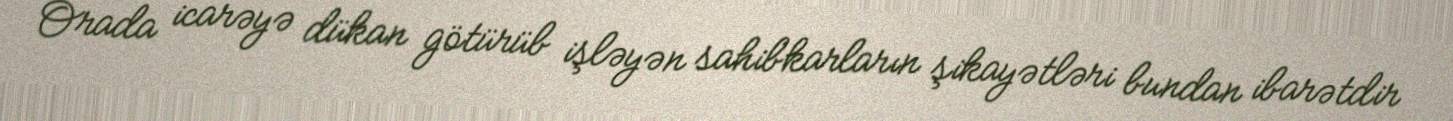
Orada icarəyə dükan götürüb işləyən sahibkarların şikayətləri bundan ibarətdir